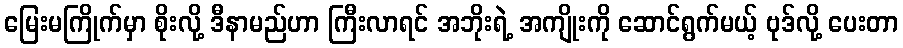
မြေးမကြိုက်မှာ စိုးလို့ ဒီနာမည်ဟာ ကြီးလာရင် အဘိုးရဲ့ အကျိုးကို ဆောင်ရွက်မယ့် ဗုဒ်လို့ ပေးတာ